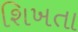
શિખતા